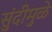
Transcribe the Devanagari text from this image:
सुंदीमुळे